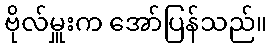
ဗိုလ်မှူးက အော်ပြန်သည်။